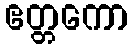
ဧတ္တကော